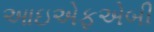
આઇએફએબી